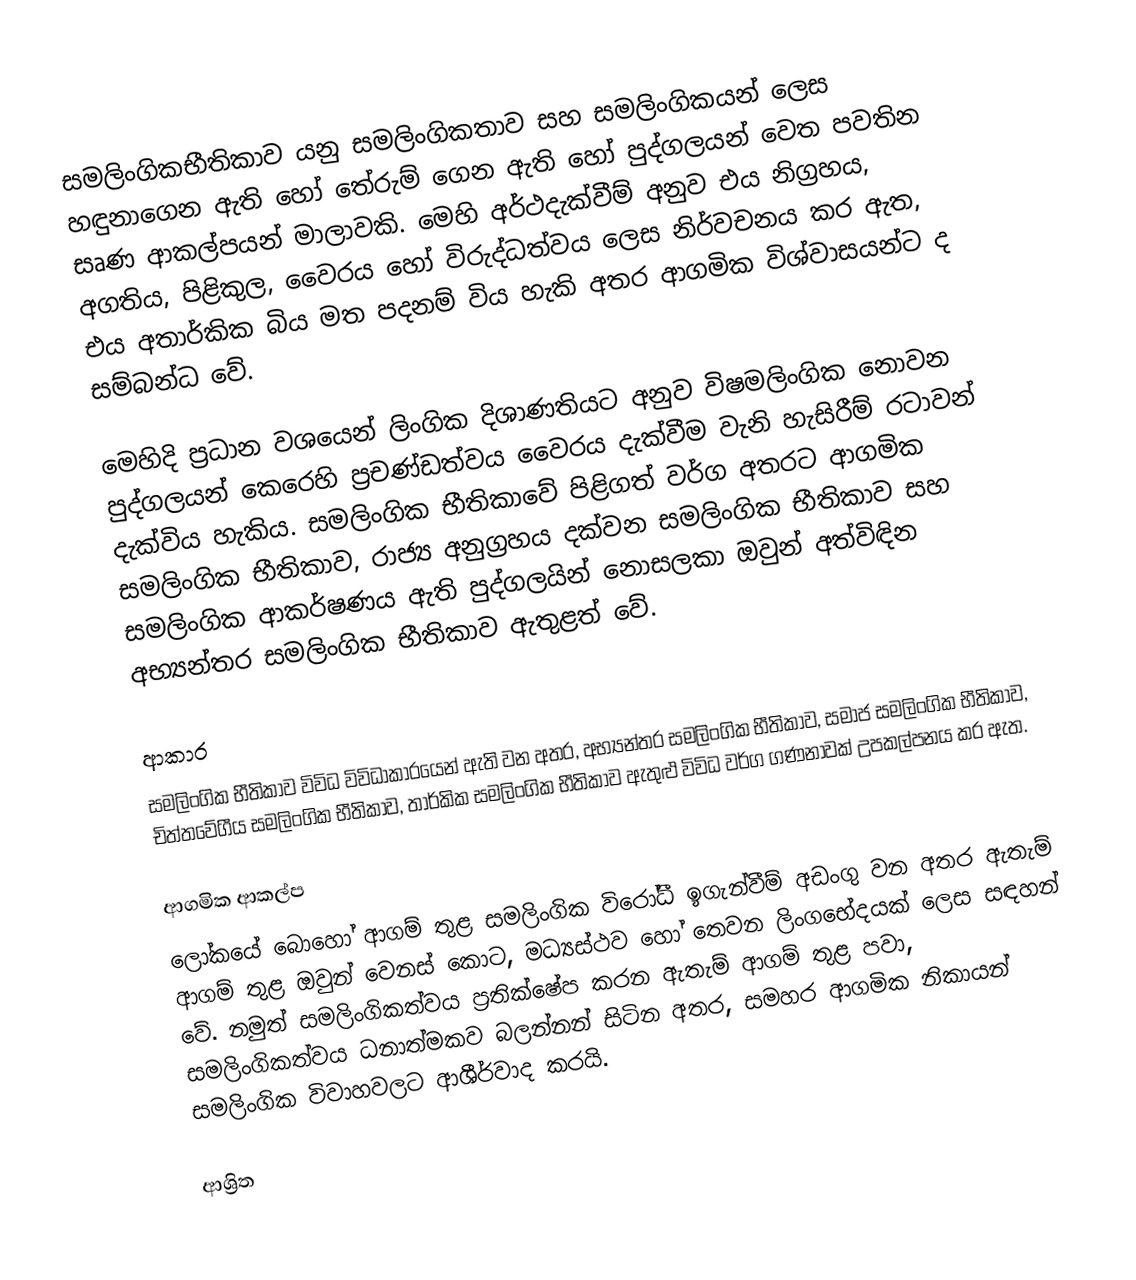
සමලිංගිකභීතිකාව යනු  සමලිංගිකතාව සහ සමලිංගිකයන් ලෙස හඳුනාගෙන ඇති හෝ තේරුම් ගෙන ඇති හෝ පුද්ගලයන් වෙත පවතින සෘණ ආකල්පයන් මාලාවකි. මෙහි අර්ථදැක්වීම් අනුව  එය නිග්‍රහය, අගතිය, පිළිකුල, වෛරය හෝ විරුද්ධත්වය ලෙස නිර්වචනය කර ඇත, එය අතාර්කික බිය මත පදනම් විය හැකි අතර ආගමික විශ්වාසයන්ට ද සම්බන්ධ වේ.

මෙහිදි ප්‍රධාන වශයෙන් ලිංගික දිශාණතියට අනුව විෂමලිංගික නොවන පුද්ගලයන් කෙරෙහි ප්‍රචණ්ඩත්වය වෛරය දැක්වීම වැනි හැසිරීම් රටාවන් දැක්විය හැකිය. සමලිංගික භීතිකාවේ පිළිගත් වර්ග අතරට ආගමික සමලිංගික භීතිකාව, රාජ්‍ය අනුග්‍රහය දක්වන සමලිංගික භීතිකාව සහ සමලිංගික ආකර්ෂණය ඇති පුද්ගලයින්  නොසලකා ඔවුන් අත්විඳින අභ්‍යන්තර සමලිංගික භීතිකාව ඇතුළත් වේ.

ආකාර
සමලිංගික භීතිකාව විවිධ විවිධාකාරයෙන් ඇති වන අතර, අභ්‍යන්තර සමලිංගික භීතිකාව, සමාජ සමලිංගික භීතිකාව, චිත්තවේගීය සමලිංගික භීතිකාව, තාර්කික සමලිංගික භීතිකාව ඇතුළු විවිධ වර්ග ගණනාවක් උපකල්පනය කර ඇත.

ආගමික ආකල්ප
ලෝකයේ බොහෝ ආගම් තුළ සමලිංගික විරෝධී ඉගැන්වීම් අඩංගු වන අතර ඇතැම් ආගම් තුළ ඔවුන් වෙනස් කොට, මධ්‍යස්ථව හෝ තෙවන ලිංගභේදයක් ලෙස සඳහන් වේ. නමුත් සමලිංගිකත්වය ප්‍රතික්ෂේප කරන ඇතැම් ආගම් තුළ පවා, සමලිංගිකත්වය ධනාත්මකව බලන්නන් සිටින අතර, සමහර ආගමික නිකායන් සමලිංගික විවාහවලට ආශීර්වාද කරයි.

ආශ්‍රිත